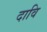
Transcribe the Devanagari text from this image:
दावि